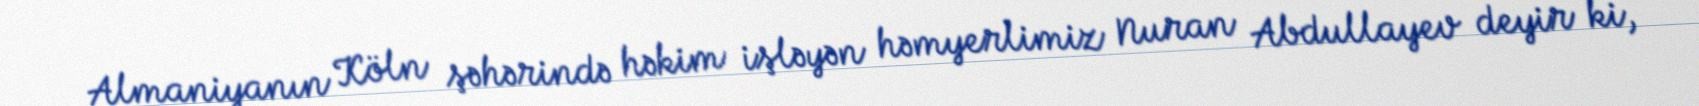
Almaniyanın Köln şəhərində həkim işləyən həmyerlimiz Nuran Abdullayev deyir ki,